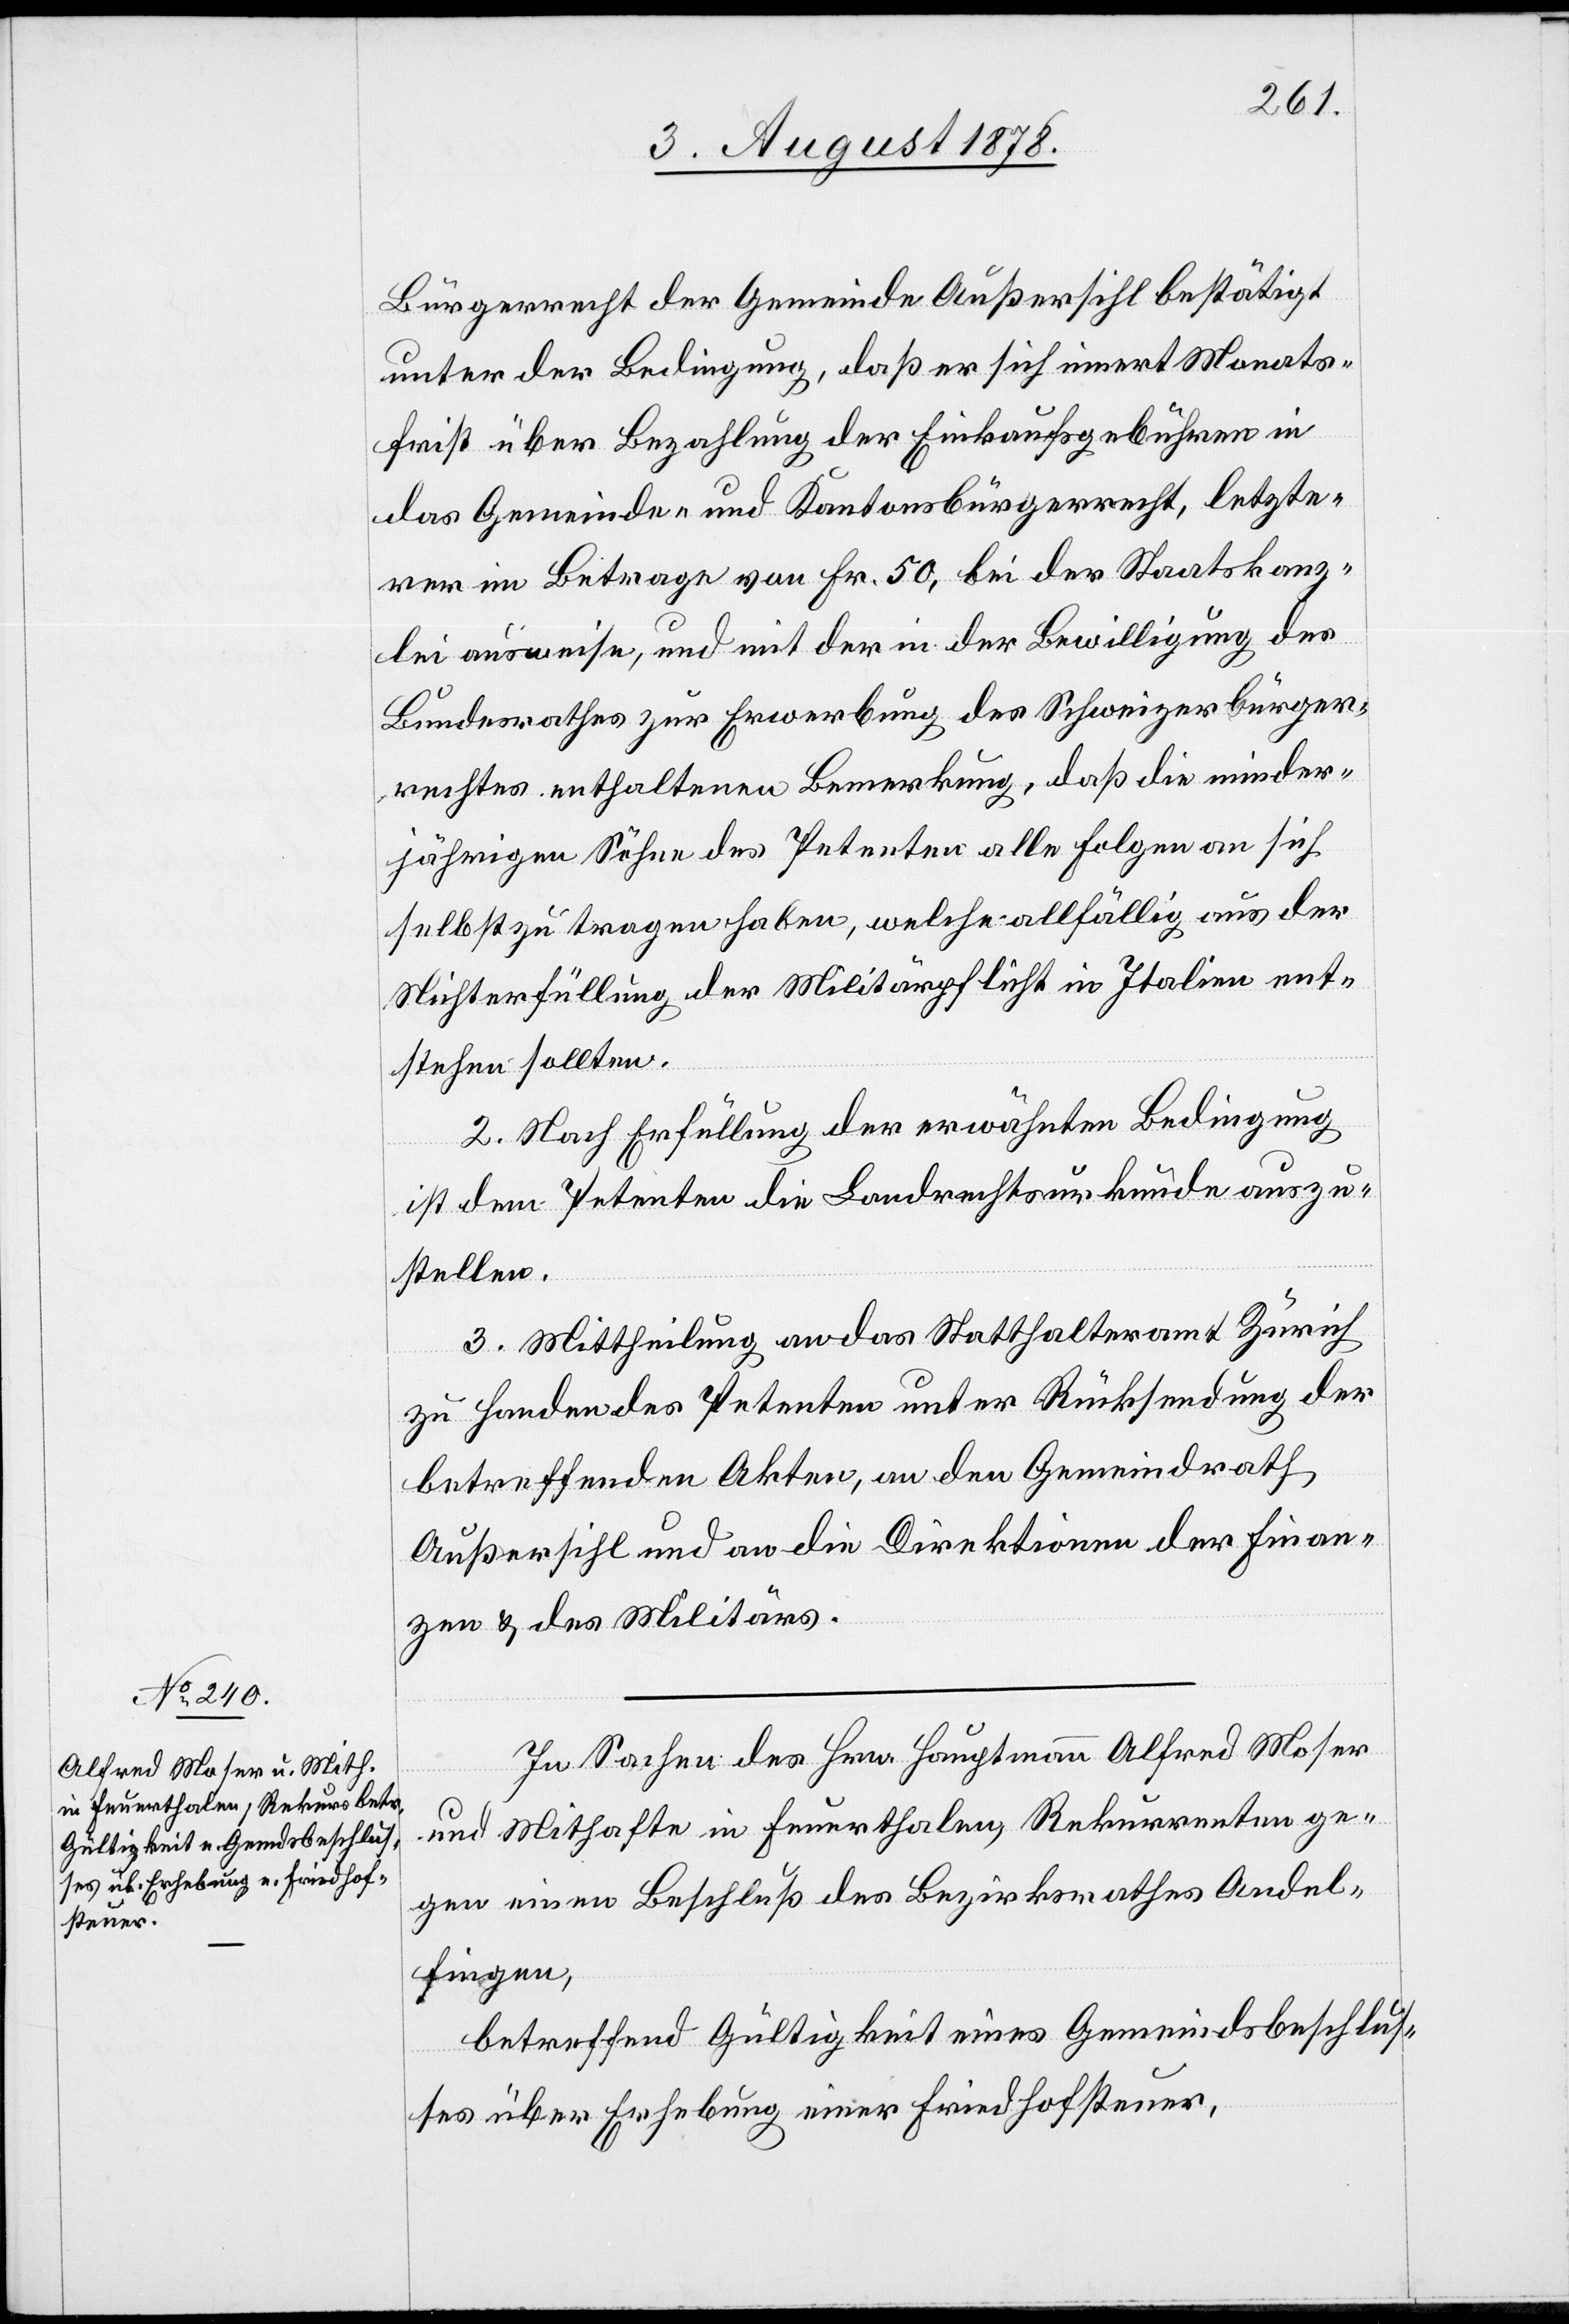
Bürgerrecht der Gemeinde Außersihl bestätigt
unter der Bedingung, daß er sich innert Monats¬
frist über Bezahlung der Einkaufsgebühren in
das Gemeinde- & Kantonsbürgerrecht, letzte¬
rer im Betrage von Fr. 50, bei der Staatskanz¬
lei ausweise, und mit der in der Bewilligung des
Bundesrathes zur Erwerbung des Schweizerbürger¬
rechtes enthaltene Bemerkung, daß die minder¬
jährigen Söhne des Petenten alle Folgen an sich
selbst zu tragen haben, welche allfällig aus der
Nichterfüllung der Militärpflicht in Italien ent¬
stehen sollten.
2. Nach Erfüllung der erwähnten Bedingung
ist dem Petenten die Landrechtsurkunde auszu¬
stellen.
3. Mittheilung an das Statthalteramt Zürich
zu Handen des Petenten unter Rücksendung der
betreffenden Akten, an den Gemeindrath
Außersihl und an die Direktionen der Finan¬
zen & des Militärs.
In Sachen des Hrn. Hauptmann Alfred Moser
und Mithafte in Feuerthalen, Rekurrenten ge¬
gen einen Beschluß des Bezirksrathes Andel¬
fingen,
betreffend Gültigkeit eines Gemeindsbeschlus¬
ses über Erhebung einer Friedhofsteuer,